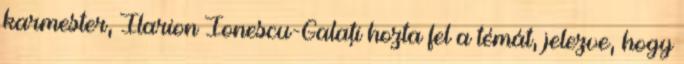
karmester, Ilarion Ionescu-Galaţi hozta fel a témát, jelezve, hogy